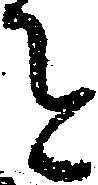
を